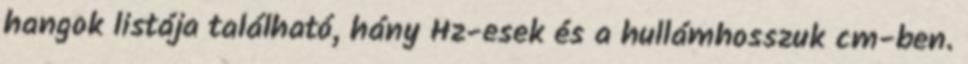
hangok listája található, hány Hz-esek és a hullámhosszuk cm-ben.